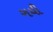
ગયી